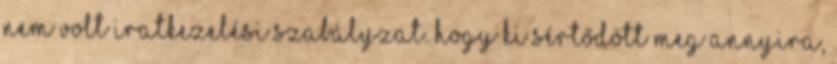
nem volt iratkezelési szabályzat. Hogy ki sértődött meg annyira,